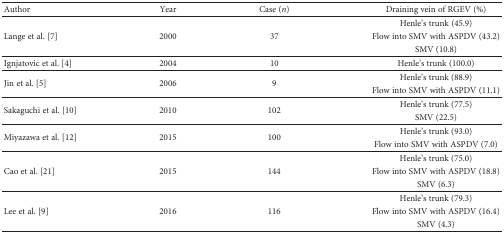
<table><thead><tr><td><b>Author</b></td><td><b>Year</b></td><td><b>Case (<i>n</i>)</b></td><td><b>Draining vein of RGEV (%)</b></td></tr></thead><tbody><tr><td rowspan="3">Lange et al. [7]</td><td rowspan="3">2000</td><td rowspan="3">37</td><td>Henle&#x27;s trunk (45.9)</td></tr><tr><td>Flow into SMV with ASPDV (43.2)</td></tr><tr><td>SMV (10.8)</td></tr><tr><td>Ignjatovic et al. [4]</td><td>2004</td><td>10</td><td>Henle&#x27;s trunk (100.0)</td></tr><tr><td rowspan="2">Jin et al. [5]</td><td rowspan="2">2006</td><td rowspan="2">9</td><td>Henle&#x27;s trunk (88.9)</td></tr><tr><td>Flow into SMV with ASPDV (11.1)</td></tr><tr><td rowspan="2">Sakaguchi et al. [10]</td><td rowspan="2">2010</td><td rowspan="2">102</td><td>Henle&#x27;s trunk (77.5)</td></tr><tr><td>SMV (22.5)</td></tr><tr><td rowspan="2">Miyazawa et al. [12]</td><td rowspan="2">2015</td><td rowspan="2">100</td><td>Henle&#x27;s trunk (93.0)</td></tr><tr><td>Flow into SMV with ASPDV (7.0)</td></tr><tr><td rowspan="3">Cao et al. [21]</td><td rowspan="3">2015</td><td rowspan="3">144</td><td>Henle&#x27;s trunk (75.0)</td></tr><tr><td>Flow into SMV with ASPDV (18.8)</td></tr><tr><td>SMV (6.3)</td></tr><tr><td rowspan="3">Lee et al. [9]</td><td rowspan="3">2016</td><td rowspan="3">116</td><td>Henle&#x27;s trunk (79.3)</td></tr><tr><td>Flow into SMV with ASPDV (16.4)</td></tr><tr><td>SMV (4.3)</td></tr></tbody></table>